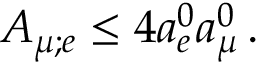
A _ { \mu ; e } \leq 4 a _ { e } ^ { 0 } a _ { \mu } ^ { 0 } \, .